Rangoon Lunatic Asylum 1878-1892 - 1878-1892
Year: 1878
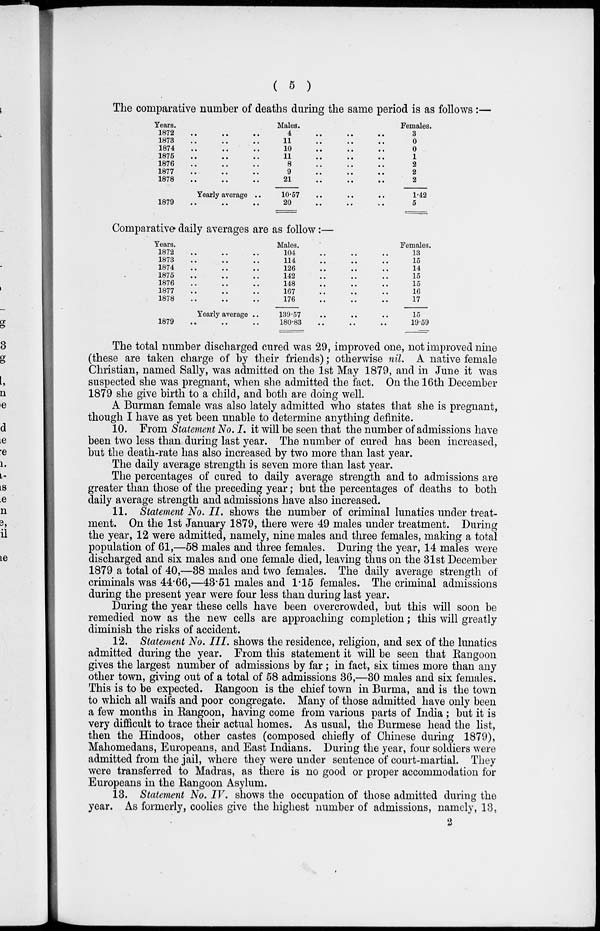
( 5 )
The comparative number of deaths during the same period is as follows :—
Years.
1872
..
..
..
1873
..
..
..
1874
..
..
..
1875 .. .. ..
1876 .. .. ..
1877 .. .. ..
1878 .. .. ..
Yearly average ..
1879
..
..
..
Males.
4 .. .. ..
11 .. .. ..
10 .. .. ..
11 .. .. ..
8 .. .. ..
9
..
..
..
21 .. .. ..
10.57 .. .. ..
20 .. .. ..
Females.
3
0
0
1
2
2
2
1.42
5
Comparative daily averages are as follow:—
Years.
1872 .. .. ..
1873 .. .. ..
1874 .. .. ..
1875
..
..
..
1876 .. .. ..
1877
..
..
..
1878 .. .. ..
Yearly average ..
1879 .. .. ..
Males.
104 .. .. ..
114 .. .. ..
126 .. .. ..
142 .. .. ..
148 .. .. ..
167 .. .. ..
176 .. .. ..
139.57 .. .. ..
180.83 .. .. ..
Females.
13
15
14
15
15
16
17
15
19.59
The total number discharged cured was 29, improved one, not improved nine
(these are taken charge of by their friends); otherwise nil. A native female
Christian, named Sally, was admitted on the 1st May 1879, and in June it was
suspected she was pregnant, when she admitted the fact. On the 16th December
1879 she give birth to a child, and both are doing well.
A Burman female was also lately admitted who states that she is pregnant,
though I have as yet been unable to determine anything definite.
10. From Statement No. I. it will be seen that the number of admissions have
been two less than during last year. The number of cured has been increased,
but the death-rate has also increased by two more than last year.
The daily average strength is seven more than last year.
The percentages of cured to daily average strength and to admissions are
greater than those of the preceding year; but the percentages of deaths to both
daily average strength and admissions have also increased.
11. Statement No. II. shows the number of criminal lunatics under treat-
ment. On the 1st January 1879, there were 49 males under treatment. During
the year, 12 were admitted, namely, nine males and three females, making a total
population of 61,—58 males and three females. During the year, 14 males were
discharged and six males and one female died, leaving thus on the 31st December
1879 a total of 40,—38 males and two females. The daily average strength of
criminals was 44.66,—43.51 males and 1.15 females. The criminal admissions
during the present year were four less than during last year.
During the year these cells have been overcrowded, but this will soon be
remedied now as the new cells are approaching completion; this will greatly
diminish the risks of accident.
12. Statement No. III. shows the residence, religion, and sex of the lunatics
admitted during the year. From this statement it will be seen that Rangoon
gives the largest number of admissions by far ; in fact, six times more than any
other town, giving out of a total of 58 admissions 36,—30 males and six females.
This is to be expected. Rangoon is the chief town in Burma, and is the town
to which all waifs and poor congregate. Many of those admitted have only been
a few months in Rangoon, having come from various parts of India ; but it is
very difficult to trace their actual homes. As usual, the Burmese head the list,
then the Hindoos, other castes (composed chiefly of Chinese during 1879),
Mahomedans, Europeans, and East Indians. During the year, four soldiers were
admitted from the jail, where they were under sentence of court-martial. They
were transferred to Madras, as there is no good or proper accommodation for
Europeans in the Rangoon Asylum.
13. Statement No. IV. shows the occupation of those admitted during the
year. As formerly, coolies give the highest number of admissions, namely, 13,
2